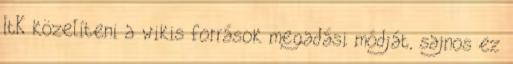
ItK közelíteni a wikis források megadási módját, sajnos ez